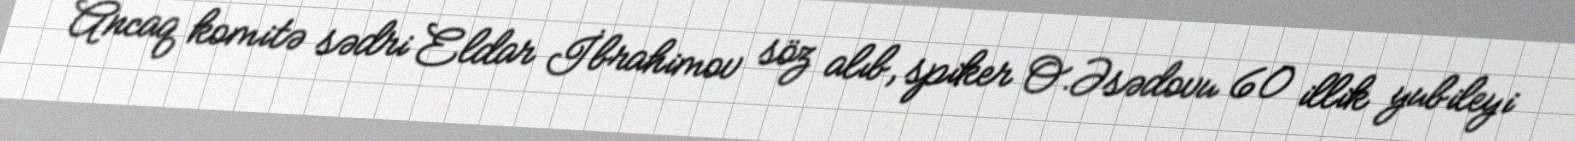
Ancaq komitə sədri Eldar İbrahimov söz alıb, spiker O.Əsədovu 60 illik yubileyi